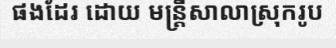
ផងដែរ ដោយ មន្ត្រីសាលាស្រុករូប